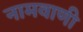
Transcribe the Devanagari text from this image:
नामवाणी